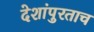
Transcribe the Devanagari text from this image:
देशांपुरताच